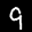
Label: 9